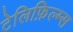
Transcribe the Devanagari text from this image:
टेलिफ़िल्म्स